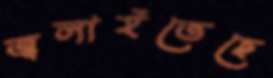
জ্বলাইতেছে